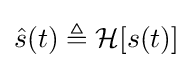
{\hat {s}}(t)\triangleq \operatorname {\mathcal {H}} [s(t)]